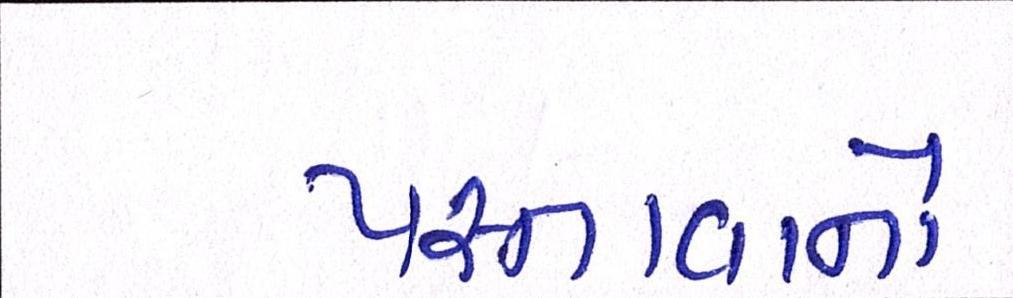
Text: પસ્તાવાનો